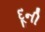
દૂની